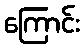
ကြောင်း